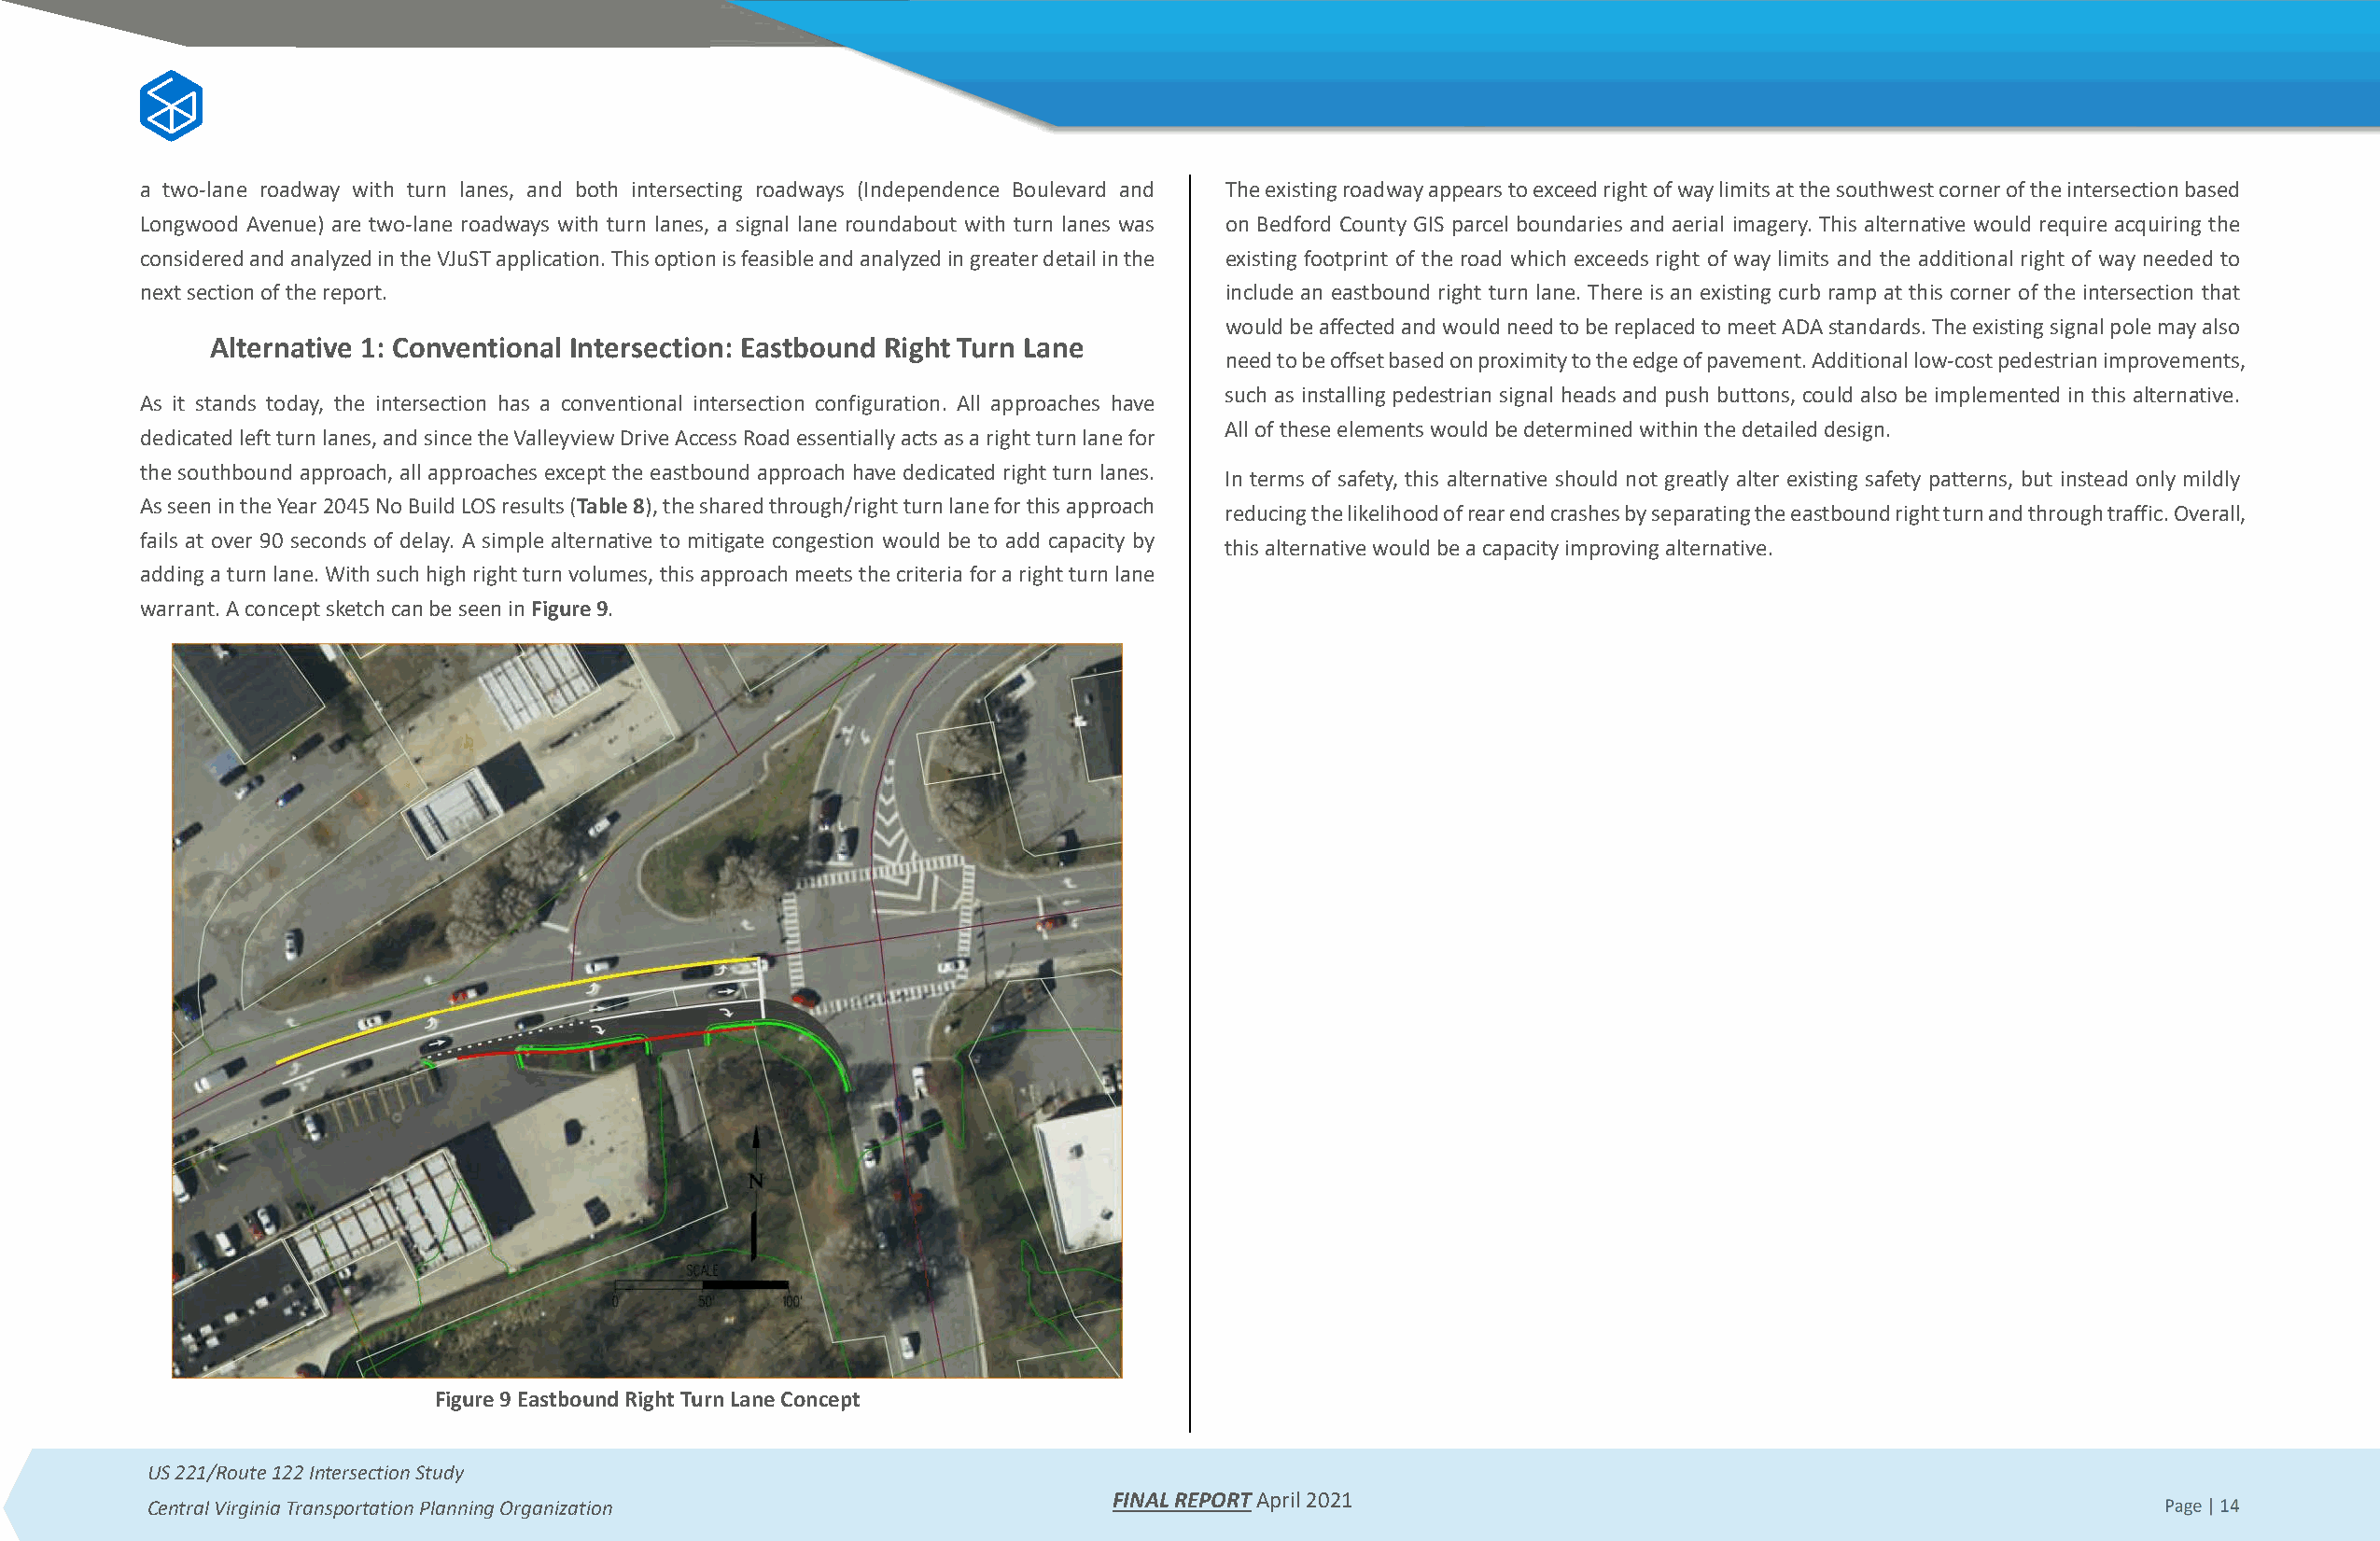
a two-lane roadway with turn lanes, and both intersecting roadways (Independence Boulevard and The existing roadway appears to exceed right of way limits at the southwest corner of the intersection based
 Longwood Avenue) are two-lane roadways with turn lanes, a signal lane roundabout with turn lanes was on Bedford County GIS parcel boundaries and aerial imagery. This alternative would require acquiring the
 considered and analyzed in the VJuST application. This option is feasible and analyzed in greater detail in the existing footprint of the road which exceeds right of way limits and the additional right of way needed to
 next section of the report.                                                  include an eastbound right turn lane. There is an existing curb ramp at this corner of the intersection that
 would be affected and would need to be replaced to meet ADA standards. The existing signal pole may also
 Alternative 1: Conventional Intersection: Eastbound Right Turn Lane
 need to be offset based on proximity to the edge of pavement. Additional low-cost pedestrian improvements,
 such as installing pedestrian signal heads and push buttons, could also be implemented in this alternative.
 As it stands today, the intersection has a conventional intersection configuration. All approaches have
 All of these elements would be determined within the detailed design.
 dedicated left turn lanes, and since the Valleyview Drive Access Road essentially acts as a right turn lane for
 the southbound approach, all approaches except the eastbound approach have dedicated right turn lanes.
 In terms of safety, this alternative should not greatly alter existing safety patterns, but instead only mildly
 As seen in the Year 2045 No Build LOS results (Table 8), the shared through/right turn lane for this approach
 reducing the likelihood of rear end crashes by separating the eastbound right turn and through traffic. Overall,
 fails at over 90 seconds of delay. A simple alternative to mitigate congestion would be to add capacity by
 this alternative would be a capacity improving alternative.
 adding a turn lane. With such high right turn volumes, this approach meets the criteria for a right turn lane
 warrant. A concept sketch can be seen in Figure 9.
 Figure 9 Eastbound Right Turn Lane Concept
 US 221/Route 122 Intersection Study
 FINAL REPORT April 2021
 Central Virginia Transportation Planning Organization                                                                                           Page | 14